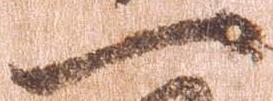
一